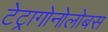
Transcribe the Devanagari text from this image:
टेट्रागोनोलोबस